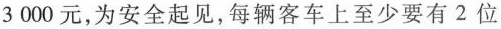
3000元，为安全起见，每辆客车上至少要有2位